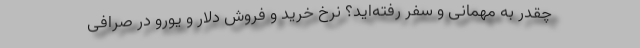
چقدر به مهمانی و سفر رفته‌اید؟ نرخ خرید و فروش دلار و یورو در صرافی